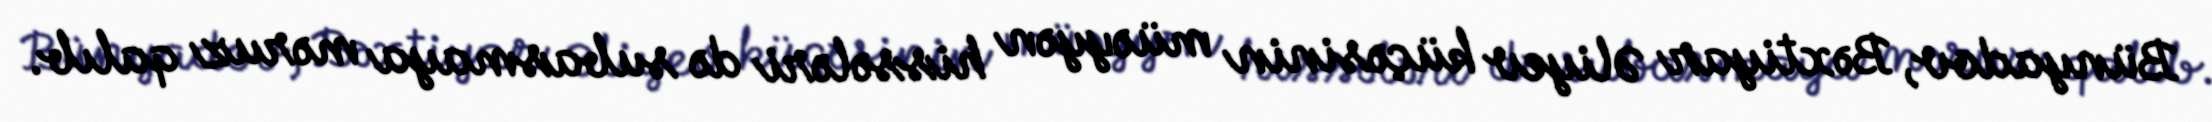
Bünyadov, Bəxtiyar Əliyev küçəsinin müəyyən hissələri də subasmaya məruz qalıb.